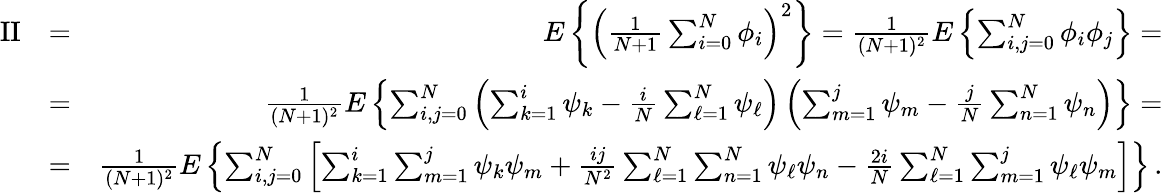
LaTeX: \begin{array}{rlr}{\mathrm{II}}&{=}&{E\left\{ \left({\frac{1}{N+1}}\sum_{i=0}^{N}\phi_{i}\right)^{2}\right\} ={\frac{1}{(N+1)^{2}}}E\left\{ \sum_{i,j=0}^{N}\phi_{i}\phi_{j}\right\} =}\\ &{=}&{{\frac{1}{(N+1)^{2}}}E\left\{ \sum_{i,j=0}^{N}\left(\sum_{k=1}^{i}\psi_{k}-{\frac{i}{N}}\sum_{\ell=1}^{N}\psi_{\ell}\right)\left(\sum_{m=1}^{j}\psi_{m}-{\frac{j}{N}}\sum_{n=1}^{N}\psi_{n}\right)\right\} =}\\ &{=}&{{\frac{1}{(N+1)^{2}}}E\left\{ \sum_{i,j=0}^{N}\left[\sum_{k=1}^{i}\sum_{m=1}^{j}\psi_{k}\psi_{m}+{\frac{ij}{N^{2}}}\sum_{\ell=1}^{N}\sum_{n=1}^{N}\psi_{\ell}\psi_{n}-{\frac{2i}{N}}\sum_{\ell=1}^{N}\sum_{m=1}^{j}\psi_{\ell}\psi_{m}\right]\right\} \, .}\end{array}